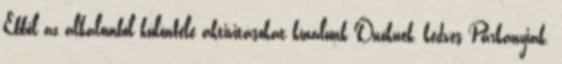
Ebből az alkalomból különféle aktivitásokat kínálunk Önöknek, kedves Párkányiak.